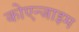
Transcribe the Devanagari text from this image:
कोएन्जाइम